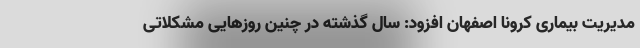
مدیریت بیماری کرونا اصفهان افزود: سال گذشته در چنین روزهایی مشکلاتی